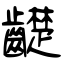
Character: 齼